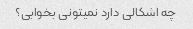
چه اشکالی دارد نمیتونی بخوابی؟